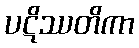
ပဋိဿတိကာ